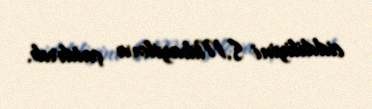
ciddiliyini S.Mikayilova çatdırıb.